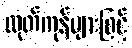
ထုတ်ကုန်များဖြင့်